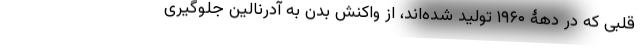
قلبی که در دهۀ ۱۹۶۰ تولید شده‌اند، از واکنش بدن به آدرنالین جلوگیری